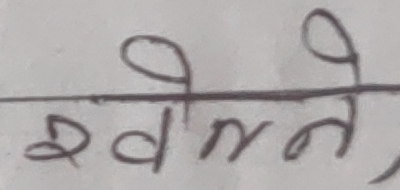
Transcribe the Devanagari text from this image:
खेलने